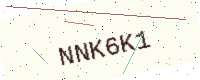
Text: NNK6K1